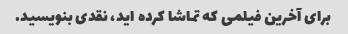
برای آخرین فیلمی که تماشا کرده اید، نقدی بنویسید.